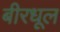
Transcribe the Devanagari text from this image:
बीरधूल